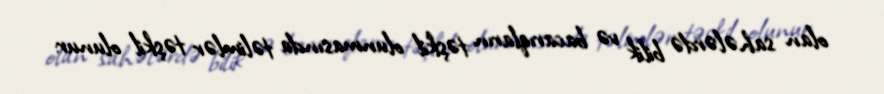
olan sahələrdə bilik və bacarıqların təşkil olunmasında təlimlər təşkil olunur: